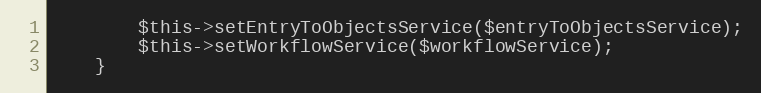
Language: PHP
        $this->setEntryToObjectsService($entryToObjectsService);
        $this->setWorkflowService($workflowService);
    }